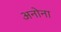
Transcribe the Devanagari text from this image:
अनोना